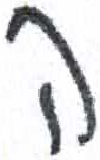
אות: ה